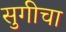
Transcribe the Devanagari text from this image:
सुगीचा